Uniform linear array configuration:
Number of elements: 12
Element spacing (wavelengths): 0.25
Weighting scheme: hann
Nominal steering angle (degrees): -45
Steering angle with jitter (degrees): -44.457
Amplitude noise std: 0.05
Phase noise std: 0.05

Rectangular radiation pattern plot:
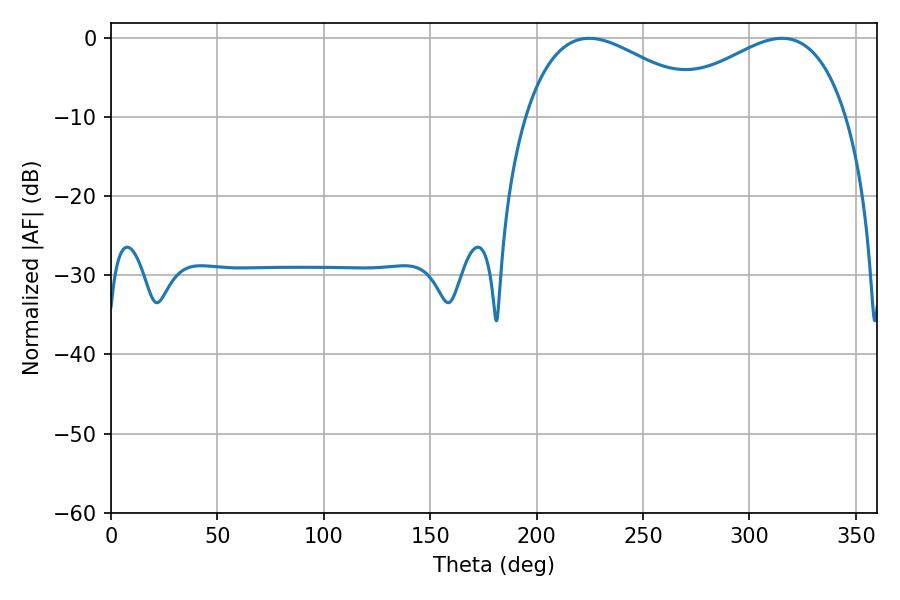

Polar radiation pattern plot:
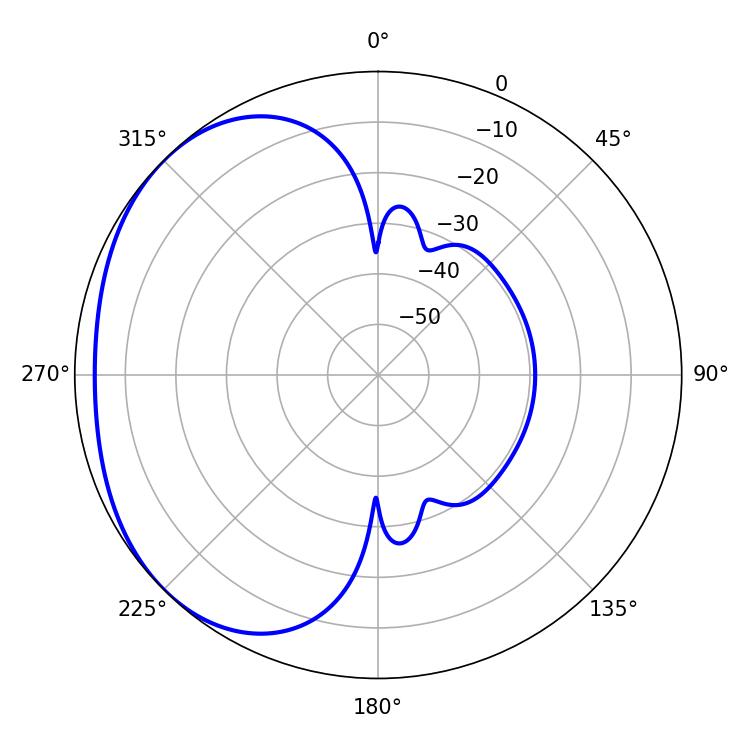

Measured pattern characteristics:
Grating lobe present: FALSE
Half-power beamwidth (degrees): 47.88
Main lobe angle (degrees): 224.64